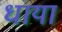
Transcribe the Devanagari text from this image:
धाया